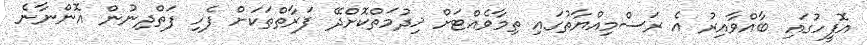
އޮފީހުގައި ބާއްވާއިރު އެ ރަސްމިއްޔާތުގައި ތިމާވެއްޓަށް ޚިދުމަތްކޮށްދޭ ފަރާތްތަކަށް ފެހި ފަތްދިނުން އޮންނާނެ